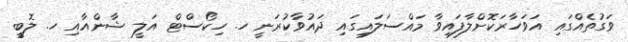
ވަގުތެއްގައި އަވަހާރަކޮށްލާފައިވާ މައްސަލައިގައި ދައުވާކުރަނީ ހ. ހިކޯސްޓް އަލީ ޝާންއާއި ހ. ލޮބީ